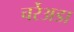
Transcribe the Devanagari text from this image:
चर्रेअडा